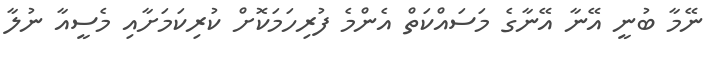
ނޭމާ ބުނީ އޭނާ އޭނާގެ މަސައްކަތް އެންމެ ފުރިހަމަކޮށް ކުރިކަމަށާއި މެސީއާ ނުލާ